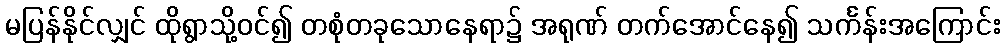
မပြန်နိုင်လျှင် ထိုရွာသို့ဝင်၍ တစုံတခုသောနေရာ၌ အရုဏ် တက်အောင်နေ၍ သင်္ကန်းအကြောင်း